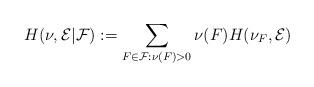
LaTeX: \begin{align*}H(\nu,\mathcal{E}|\mathcal{F}):= \sum_{F \in \mathcal{F}:\nu(F)>0} \nu(F)H(\nu_F,\mathcal{E})\end{align*}